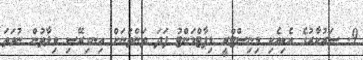
9. ސަރުކާރުގެ އެކިއެކި މިނިސްޓްރީ ޑިޕާޓްމަންޓު ފަދަ ތަންތަނަށް އިނގިރޭސި ވިލާތުން ނުވަތަ